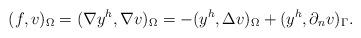
LaTeX: \begin{align*} (f,v)_\Omega = (\nabla y^h,\nabla v)_\Omega = -( y^h,\Delta v)_\Omega + (y^h, \partial_n v)_\Gamma . \end{align*}